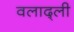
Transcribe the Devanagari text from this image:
वलाद्ली